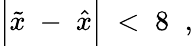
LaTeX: \Big|\tilde{x}\; -\; \hat{x}\Big|\; <\; 8\; \; ,